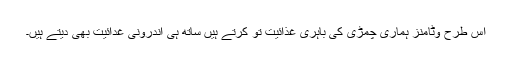
اس طرح وٹامنز ہماری چمڑی کی باہری غذائیت تو کرتے ہیں ساتھ ہی اندرونی غدائیت بھی دیتے ہیں۔